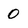
Character: 0